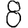
Digit: 8